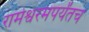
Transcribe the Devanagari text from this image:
रामेश्वरमपर्यंतच